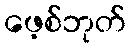
ဖေ့စ်ဘုတ်